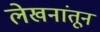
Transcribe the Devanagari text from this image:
लेखनांतून